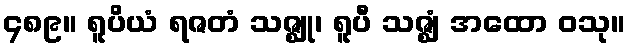
၄၈၉။ ရူပိယံ ရဇတံ သဇ္ဈု၊ ရူပီ သဇ္ဈံ အထော ဝသု။